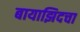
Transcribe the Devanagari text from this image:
बायाझिदचा